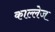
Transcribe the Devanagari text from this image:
काल्लेज